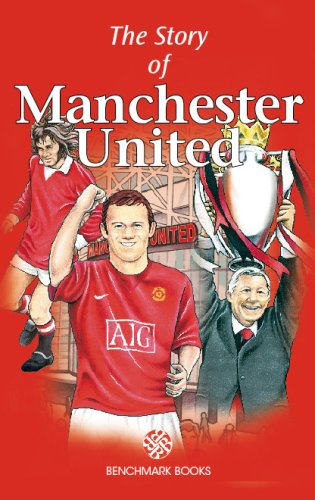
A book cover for The Story of Manchester United; Benchmark Books; Teen & Young Adult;